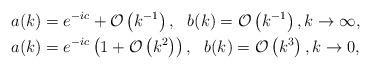
LaTeX: \begin{align*}&a(k)= e^{-ic} +\mathcal{O}\left(k^{-1}\right), \ \ b(k)=\mathcal{O}\left(k^{-1}\right), k \rightarrow \infty, \\ &a(k)=e^{-ic}\left(1+\mathcal{O}\left(k^2\right)\right), \ \ b(k)=\mathcal{O}\left(k^3\right),k\rightarrow 0,\end{align*}